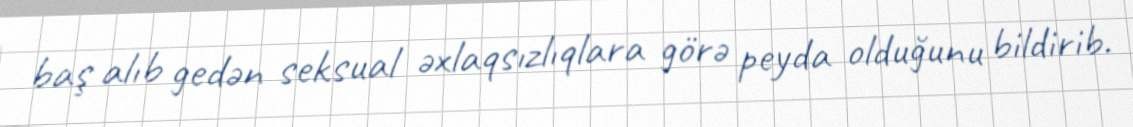
baş alıb gedən seksual əxlaqsızlıqlara görə peyda olduğunu bildirib.